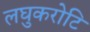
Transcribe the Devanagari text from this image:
लघुकरोटि